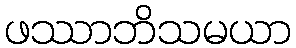
ဖဿာဘိသမယာ